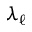
\lambda _ { \ell }